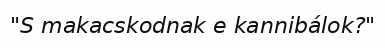
"S makacskodnak e kannibálok?"